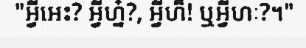
"អ្វីអេះ? អ្វីហ្ន៎?, អ្វីហ៏! ឬអ្វីហៈ?។"